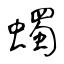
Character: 蠋